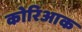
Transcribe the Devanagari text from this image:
कोरिआक